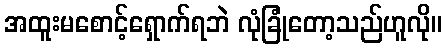
အထူးမစောင့်ရှောက်ရဘဲ လုံခြုံတော့သည်ဟူလို။